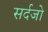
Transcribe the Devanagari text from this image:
सर्दजो